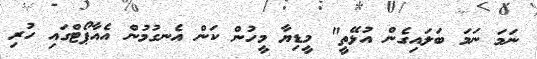
ނަމަ ނަމަ ބަލައިގެން އުޅޭތީ" މީޑިޔާ މީހުން ކަން އެނގުމުން އެއާޕޯޓްގައި ހުރި